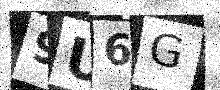
Text: 9U6G